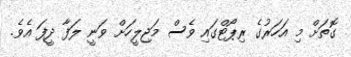
ގޮތަށް މި އަހަރުގެ ރިޕޯޓްގައި ވެސް މަޖިލީހަށް ވަނީ ލަފާ ދީފަ އެވެ.